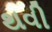
થવી